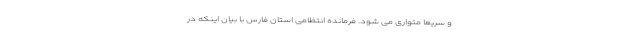
و سریعا متواری می شود. فرمانده انتظامی استان فارس با بیان اینکه در